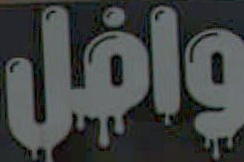
وافل